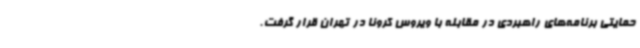
حمایتی برنامه‌های راهبردی در مقابله با ویروس کرونا در تهران قرار گرفت.